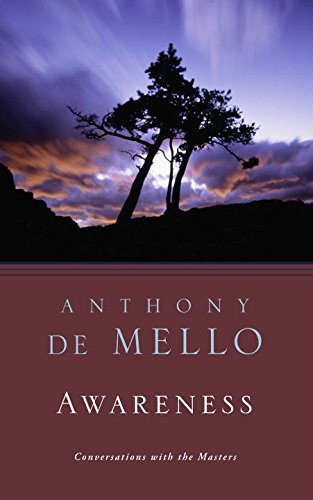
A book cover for Awareness: The Perils and Opportunities of Reality; Anthony De Mello; Self-Help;